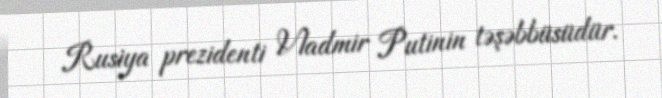
Rusiya prezidenti Vladmir Putinin təşəbbüsüdür.